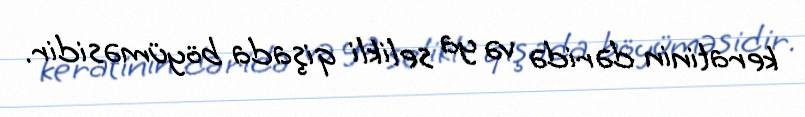
keratinin dəridə və ya selikli qişada böyüməsidir.